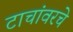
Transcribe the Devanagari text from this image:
टाचांवरचे